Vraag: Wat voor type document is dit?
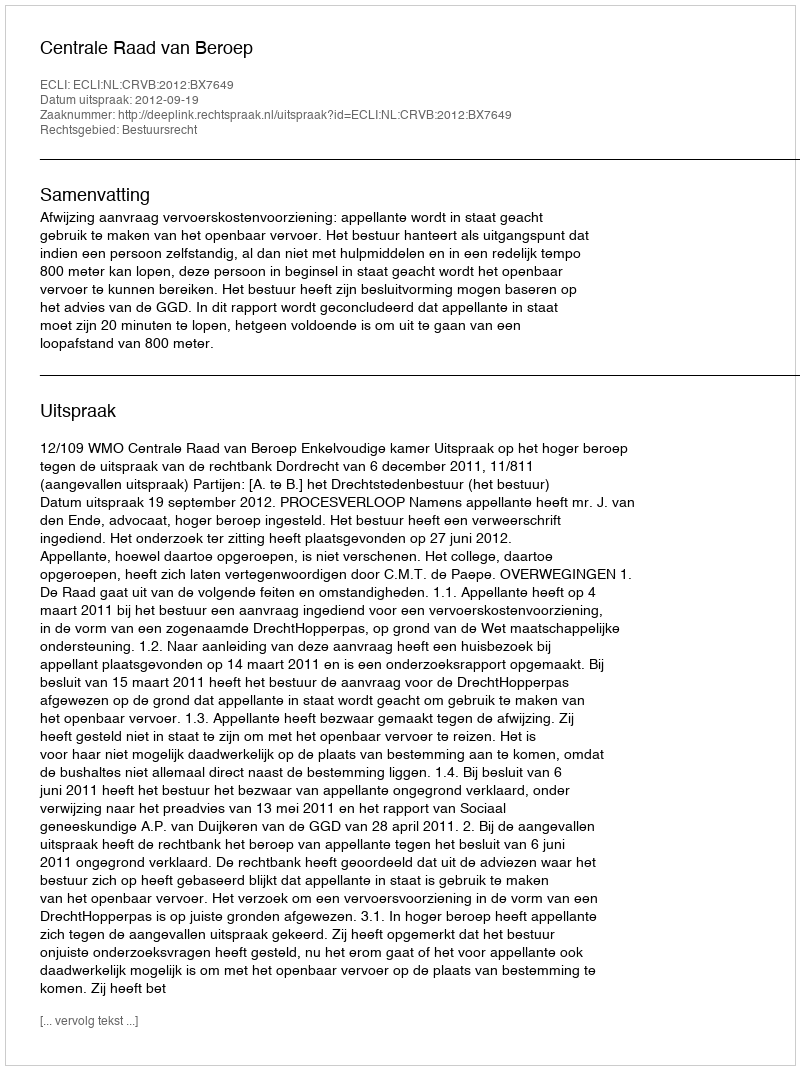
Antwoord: Uitspraak